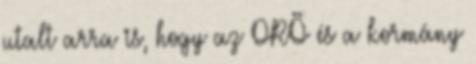
utalt arra is, hogy az ORÖ és a kormány